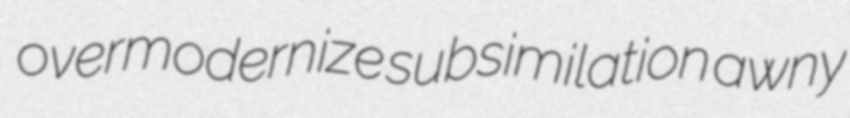
overmodernize subsimilation awny